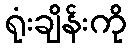
ရုံးချိန်းကို